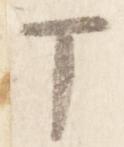
丁